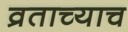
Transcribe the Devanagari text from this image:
व्रताच्याच